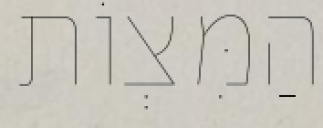
הַמִּצְוֹת